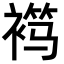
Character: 𬡦